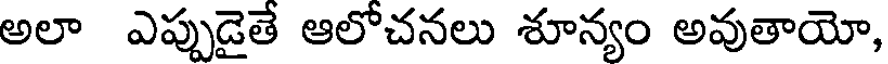
అలా ఎప్పుడైతే ఆలోచనలు శూన్యం అవుతాయో,